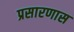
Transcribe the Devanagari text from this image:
प्रसारणास